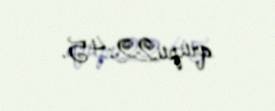
qrupu22:45.